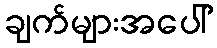
ချက်များအပေါ်